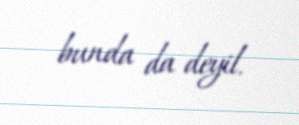
bunda da deyil.